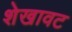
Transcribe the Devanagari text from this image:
शेखावट